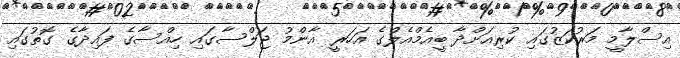
އިސްލާމީ މަރުކަޒުގައި ކުރިއަށްދާ ބީއެމްއެލްގެ އަހަރީ އާންމު ޖަލްސާގައި ހިއްސާގެ ފައިދާގެ ގޮތުގައި